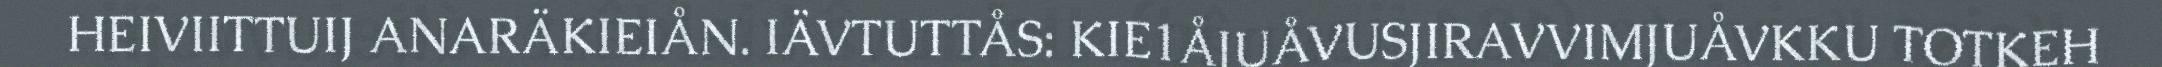
HEIVIITTUIJ ANARÄKIEIÅN. IÄVTUTTÅS: KIE1ÅJUÅVUSJIRAVVIMJUÅVKKU TOTKEH